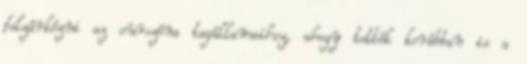
felzárkózni az eurozóna tagállamaihoz, ahogy tették korábban is a